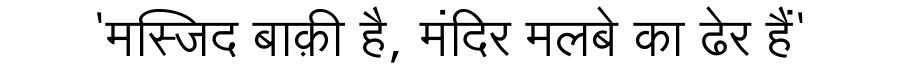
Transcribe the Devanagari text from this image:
'मस्जिद बाक़ी है, मंदिर मलबे का ढेर हैं'